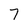
Character: 7